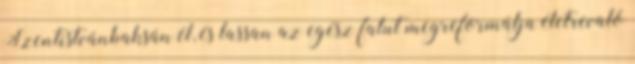
Szent­istvánbaksán él, és lassan az egész falut megreformálja életrevaló